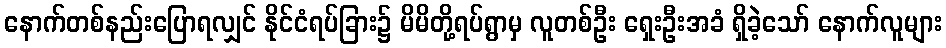
နောက်တစ်နည်းပြောရလျှင် နိုင်ငံရပ်ခြား၌ မိမိတို့ရပ်ရွာမှ လူတစ်ဦး ရှေးဦးအခံ ရှိခဲ့သော် နောက်လူများ